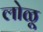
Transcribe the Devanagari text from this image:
लोळू